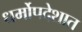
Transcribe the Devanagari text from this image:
धर्मोपदेशात